Medical and sanitary report of the native army of Madras for the year
Year: 1876
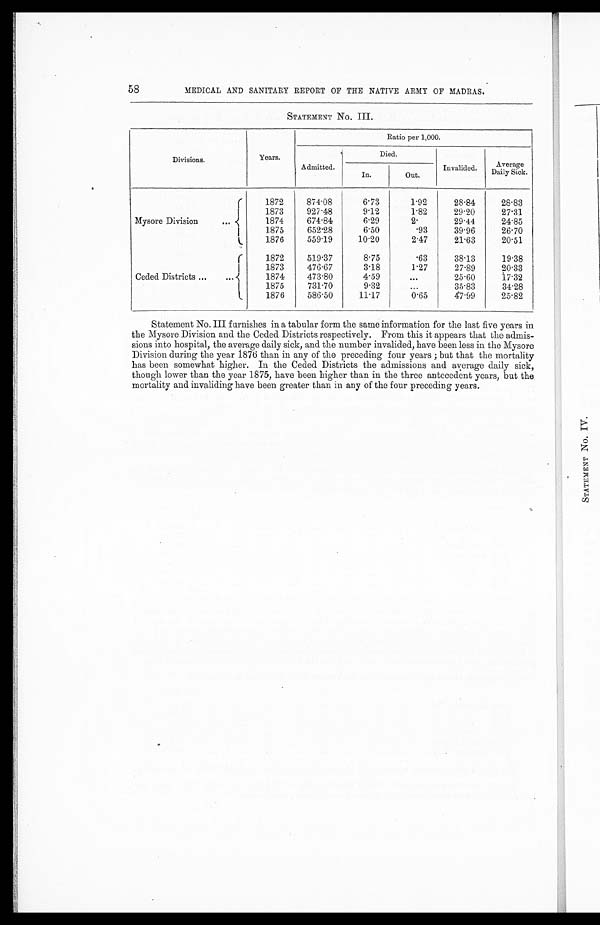
58
MEDICAL AND SANITARY REPORT OF THE NATIVE ARMY OF MADRAS.
STATEMENT No. III.
Divisions.
Years.
Ratio per 1,000.
Admitted.
Died.
Invalided.
Average
Daily Sick.
In.
Out.
Mysore Division
...
1872
874.08
6.73
1.92
28.84
28.83
1873
927.48
9.12
1.82
29.20
27.31
1874
674.84
6.29
2 .
2 9 . 4 4
24.85
1875
6 5 2 . 2 8
6.50
.93
39.96
26.70
1876
559.19
10.20
2.47
21.63
2 0 . 5 1
Ceded Districts ...
1872
519.37
8.75
.63
38.13
19.38
1873
476.67
3.18
1.27
27.89
2 0 . 3 3
1874
473.80
4 . 5 9
...
25.60
17.32
1875
731.70
9.32
. . .
35.83
34.28
1876
586.50
11.17
0.65
47.99
25.82
Statement No. III furnishes in a tabular form the same information for the last five years in
the Mysore Division and the Ceded Districts respectively. From this it appears that the
admissions into hospital, the average daily sick, and the number invalided, have been less in the Mysore
Division during the year 1876 than in any of the preceding four years ; but that the mortality
has been somewhat higher. In the Ceded Districts the admissions and average daily sick,
though lower than the year 1875, have been higher than in the three antecedent years, but the
mortality and invaliding have been greater than in any of the four preceding years.